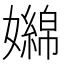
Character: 嬵